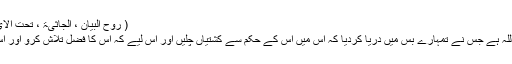
( روح البیان ، الجاثیۃ ، تحت الآیۃ: ۱۱ ، ۸ / ۴۳۹)
ترجمۂ کنزالایمان: اللہ ہے جس نے تمہارے بس میں دریا کردیا کہ اس میں اس کے حکم سے کشتیاں چلیں اور اس لیے کہ اس کا فضل تلاش کرو اور اس لیے کہ حق مانو۔